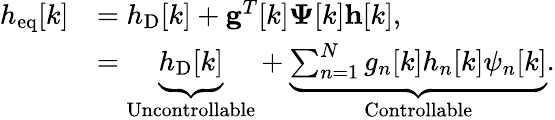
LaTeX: \begin{array}{rl}{h_{\mathrm{eq}}[k]}&{=h_{\mathrm{D}}[k]+\mathbf{g}^{T}[k]\boldsymbol{\Psi}[k]\mathbf{h}[k],}\\ &{=\underbrace{\vphantom{\sum_{n=1}^{N}}h_{\mathrm{D}}[k]}_{\mathrm{Uncontrollable}}+\underbrace{\sum_{n=1}^{N}g_{n}[k]h_{n}[k]\psi_{n}[k]}_{\mathrm{Controllable}}.}\end{array}